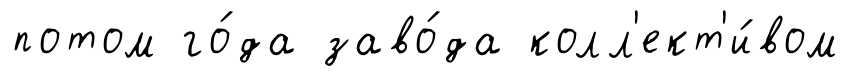
потом го́да заво́да колл'ект'и́вом